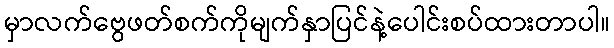
မှာလက်ဗွေဖတ်စက်ကိုမျက်နှာပြင်နဲ့ပေါင်းစပ်ထားတာပါ။